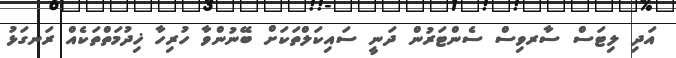
އަދި ލިޓަސް ސާރވިސް ސެންޓަރުން ދަނީ ސައިކަލްތަކަށް ބޭނުންވާ ހުރިހާ ޚިދުމަތްތަކެއް ރަނގަޅު